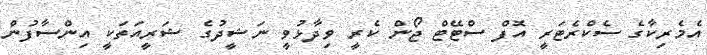
އެމެރިކާގެ ސެކްރެޓަރީ އޮފް ސްޓޭޓް ޖޯން ކެރީ ވިދާޅުވީ ނަޝީދުގެ ޝަރީއަތަކީ އިންސާފުން